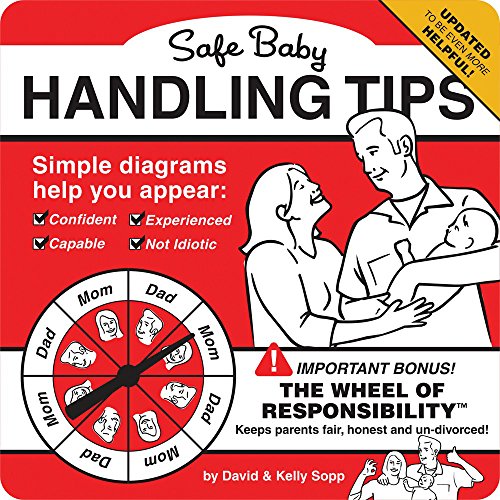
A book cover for Safe Baby Handling Tips; David Sopp; Humor & Entertainment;